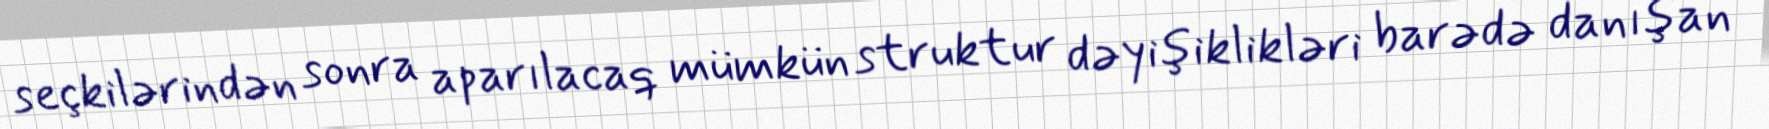
seçkilərindən sonra aparılacaq mümkün struktur dəyişiklikləri barədə danışan